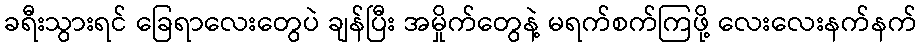
ခရီးသွားရင် ခြေရာလေးတွေပဲ ချန်ပြီး အမှိုက်တွေနဲ့ မရက်စက်ကြဖို့ လေးလေးနက်နက်